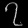
Digit: ၇